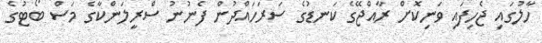
ހާލުގައި ޖެހިފައި ވަނިކޮށް ރާއްޖޭގެ ކަނޑުގެ ސަރަހައްދުން ފެނުނު ސްރީލަންކާގެ މަސް ބޯޓުގެ